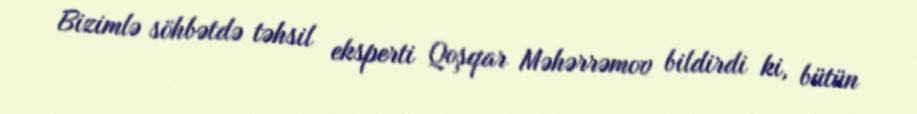
Bizimlə söhbətdə təhsil eksperti Qoşqar Məhərrəmov bildirdi ki, bütün